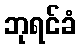
ဘုရင်ခံ